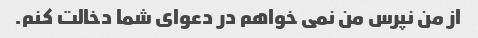
از من نپرس من نمی خواهم در دعوای شما دخالت کنم.